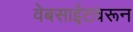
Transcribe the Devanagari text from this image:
वेबसाईटवरून